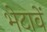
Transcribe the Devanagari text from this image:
भेटावें